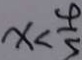
x < \frac { 4 } { 5 }